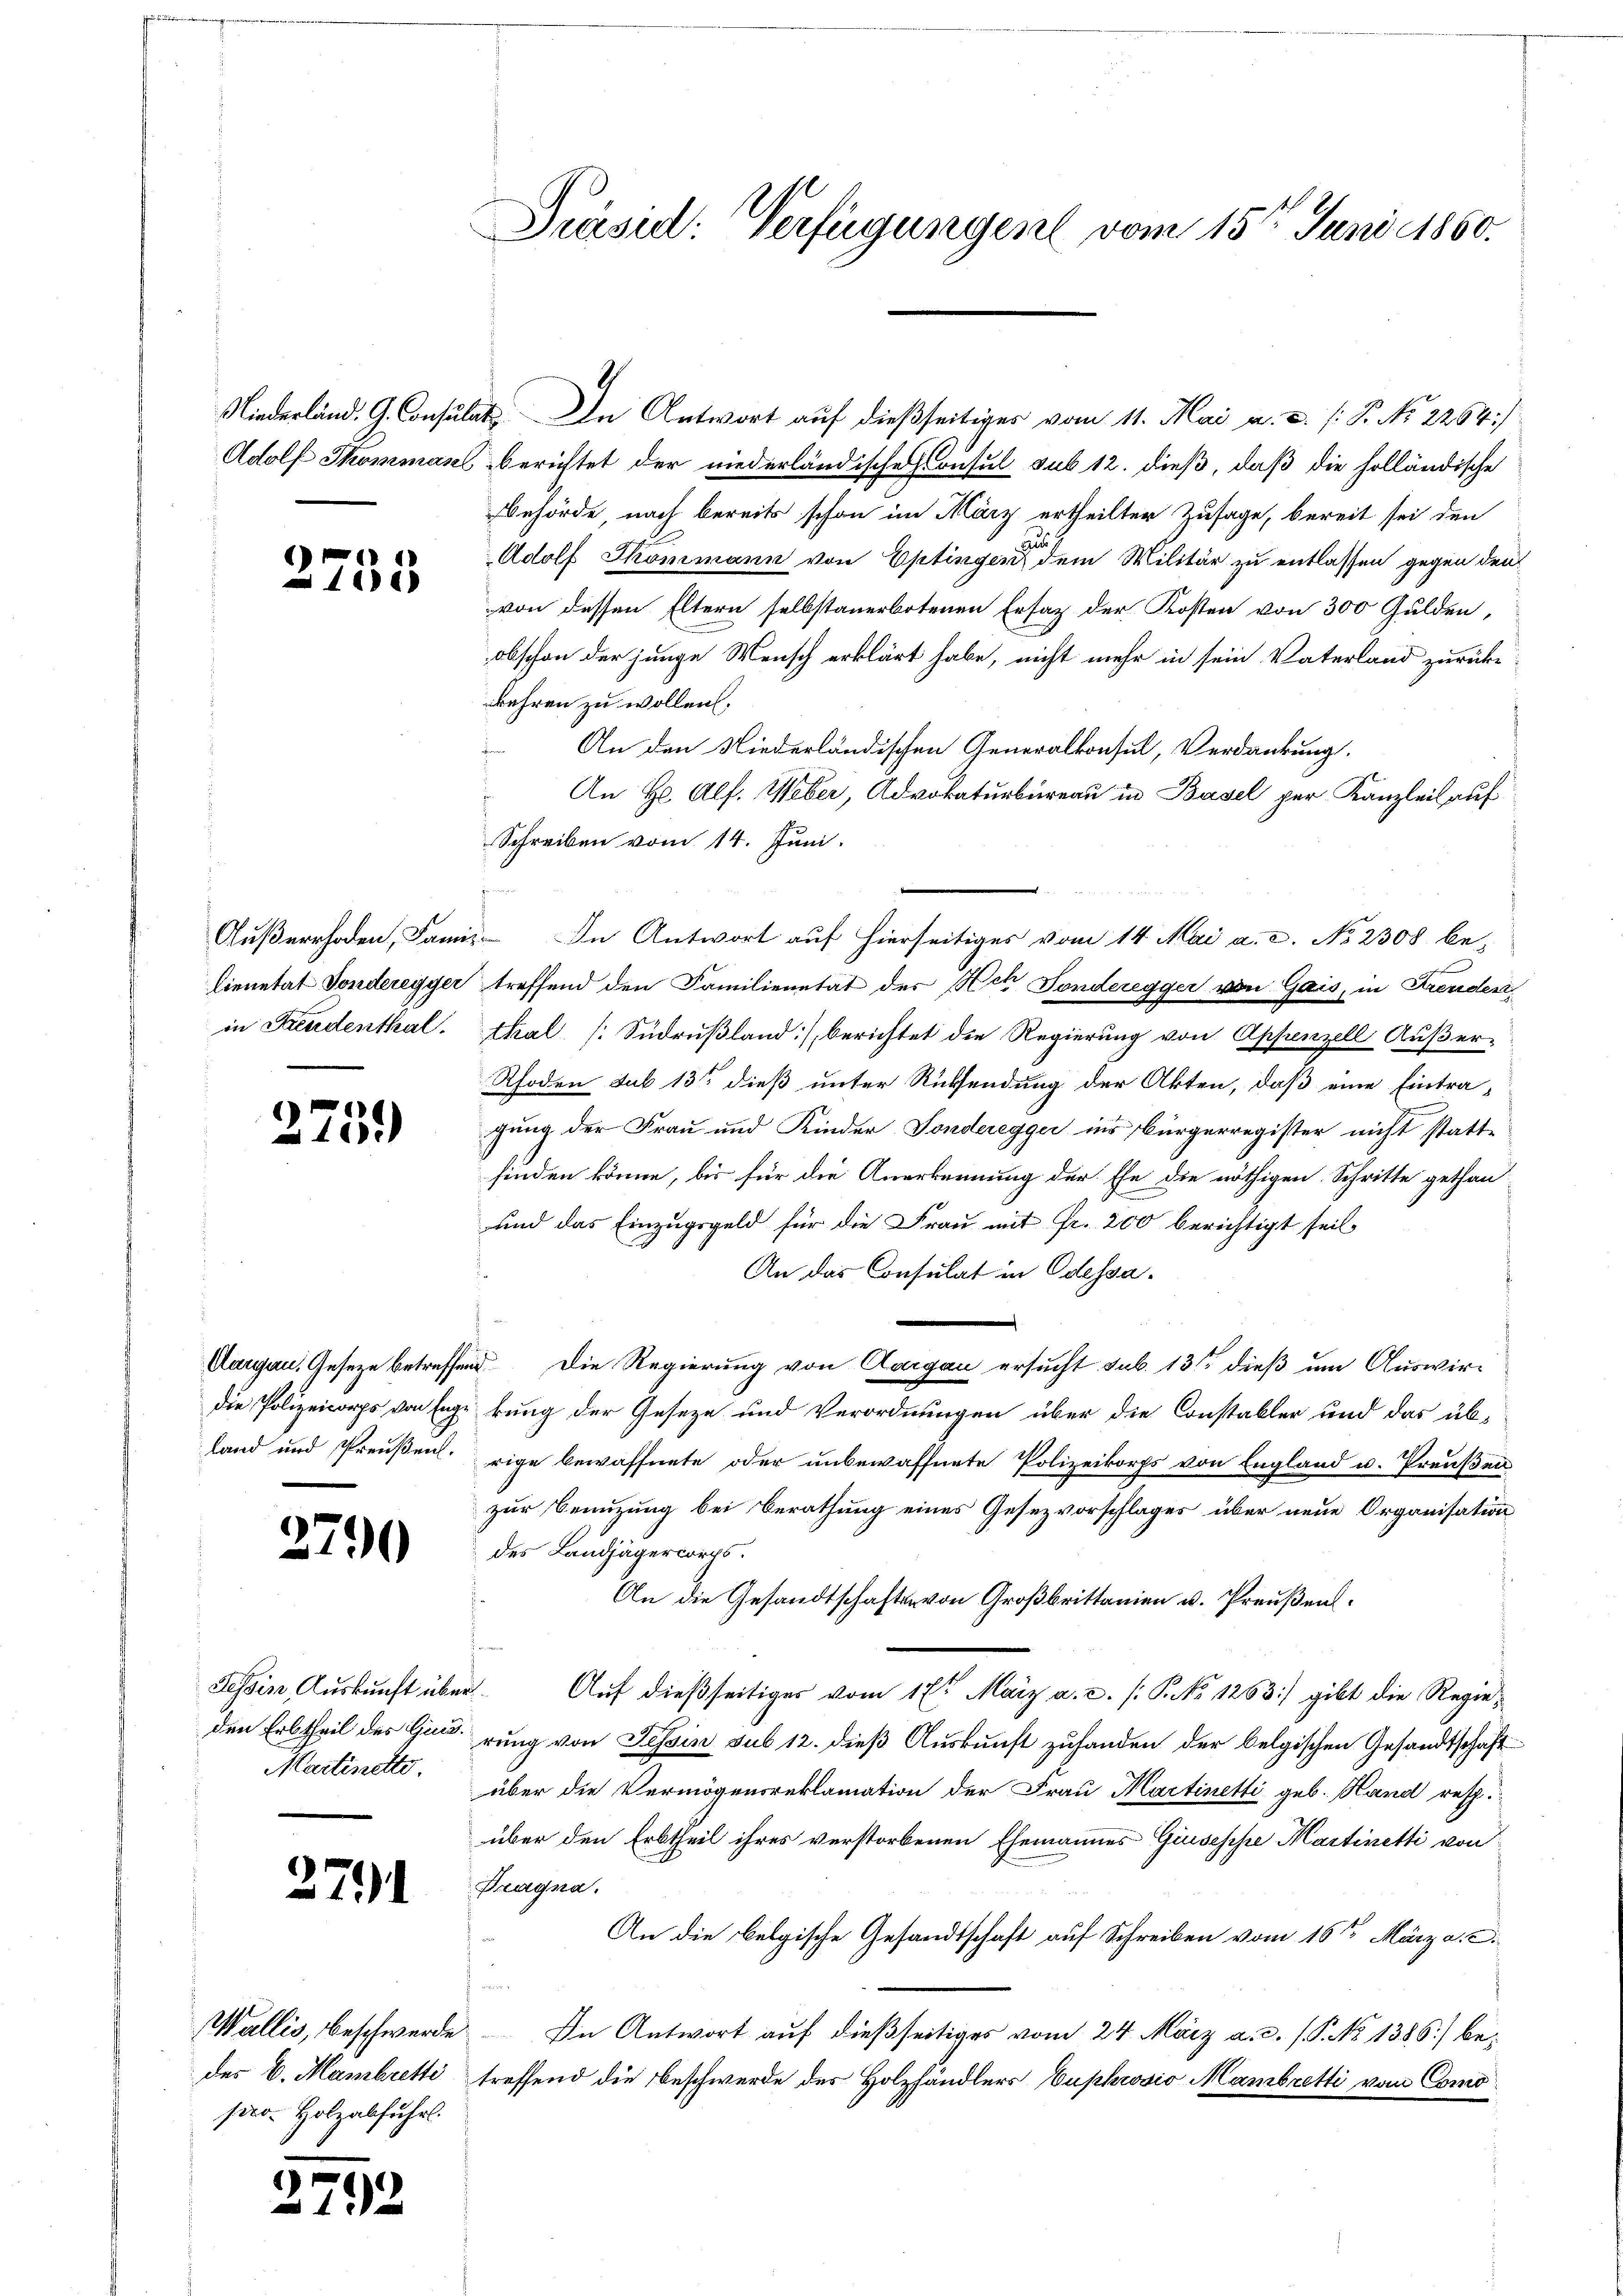
2735

2751)

Aargau, Gesetze betreffen
die Polizeikorps von Enge
land und Preußen.

2790

Tessin, Auskunft über
den Erbtheil des Guns
Martinette,

Wallis, beschwerde
der 6. Mainbretti
pro- Holzabfuhr.

)
n

271

1

.

Präsid: Verfügungen vom 15ten Juni 1860.

Ferienten

Niederländ. G. Consulat In Antwort auf dießseitiges vom 11. Mai a. a. (: P. No. 2264)
Adolf Skomman berichtet der niederländische Consul sub 12. dieß, daß die holländische
Behörde, nach bereits schon im März ertheilter Zusage, bereit sei den
Adolf Skommann von Eptingen dem Militär zu entlassen gegen den
von dessen Eltern selbstauerbotenen Ersatz der Kosten von 300 Gulden,
obschon der junge Mensch erklärt habe, nicht mehr in sein Vaterland zurücke
behren zu wollen.
An den Niederländischen Generalkonsul, Verdankung.
An Hr. Alf. Weber, Advokaturbureau in Basel per Kanzlei auf
Schreiben vom 14. Juni.
d
Außerrhoden, Famis. In Antwort auf hierseitiges vom 14. Mai a. c. No 2308 be-
lienetat Sondereyger treffend den Familienetät der Act Fonderegger von Gais, in Freuderin Freudenthal. Thal, Südrŭβland), berichtet die Regierung von Appenzell Außer-
Rhoden sub 13 dieß unter Rücksendung der Akten, daß eine Eintra-
gung der Frau und Kinder Sonderegger ins Bürgerregister nicht statt-
finden könne, bis für die Anerkennung der Ehe die nöthigen Schritte gethan
und das Einzugsgeld für die Frau mit Fr. 200 berichtigt seit
An das Consulat in Odessa.
 Die Regierung von Aargau ersucht sub. 13 dieß um Auswirkung der Geseze und Verordnungen über die Constaller und das übrige bewaffnete oder unbewaffnete Polizeikorps von England u. Preußens
zur Benutzung bei Berathung eines Gesezvorschlages über neue Organisation
des Landjägercorps.
An die Gesandtschaften von Großbrittanien u. Preußen.
d. Auf dießseitiges vom 17ten März a. c. (: P. No 1263) gibt die Regierung von Tessin sub 12. dieß Auskunft zuhanden der belgischen Gesandtschaft
über die Vermögensreklamation der Frau Martinetti geb. Hand resp.
über den Erbtheil ihres verstorbenen Ehemannes Gisesse Martinetti von
Pragna.
An die Belgische Gesandtschaft auf Schreiben vom 16ten März a. c.
.
In Antwort auf dießseitiges vom 24. März a.c. (P. No 1386) betreffend die Beschwerde des Holzhändlers Euphrosio Mambretti vom Como¬